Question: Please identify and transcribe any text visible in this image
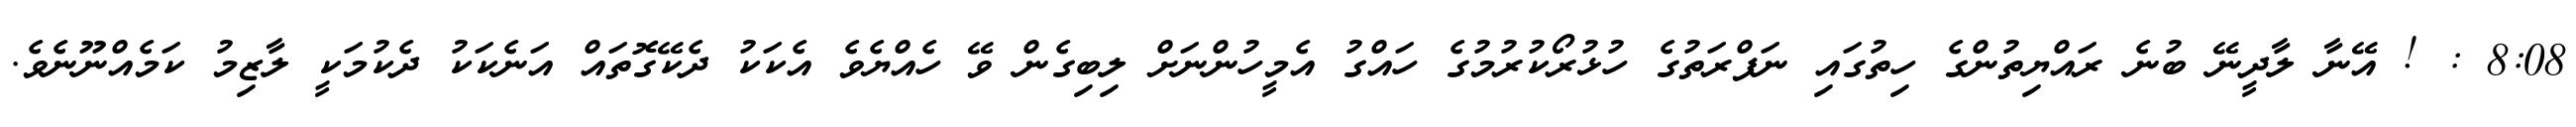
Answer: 8:08 : ! އޭނާ ލާދީނޭ ބުނެ ރައްޔިތުންގެ ހިތުގައި ނަފްރަތުގެ ހުޅުރޯކުރުމުގެ ހައްގު އެމީހުންނަށް ލިބިގެން ވޭ ހެއްޔެވެ އެކަކު ދެކޭގޮތައް އަނެކަކު ދެކުމަކީ ލާޒިމު ކަމެއްނޫނެވެ.